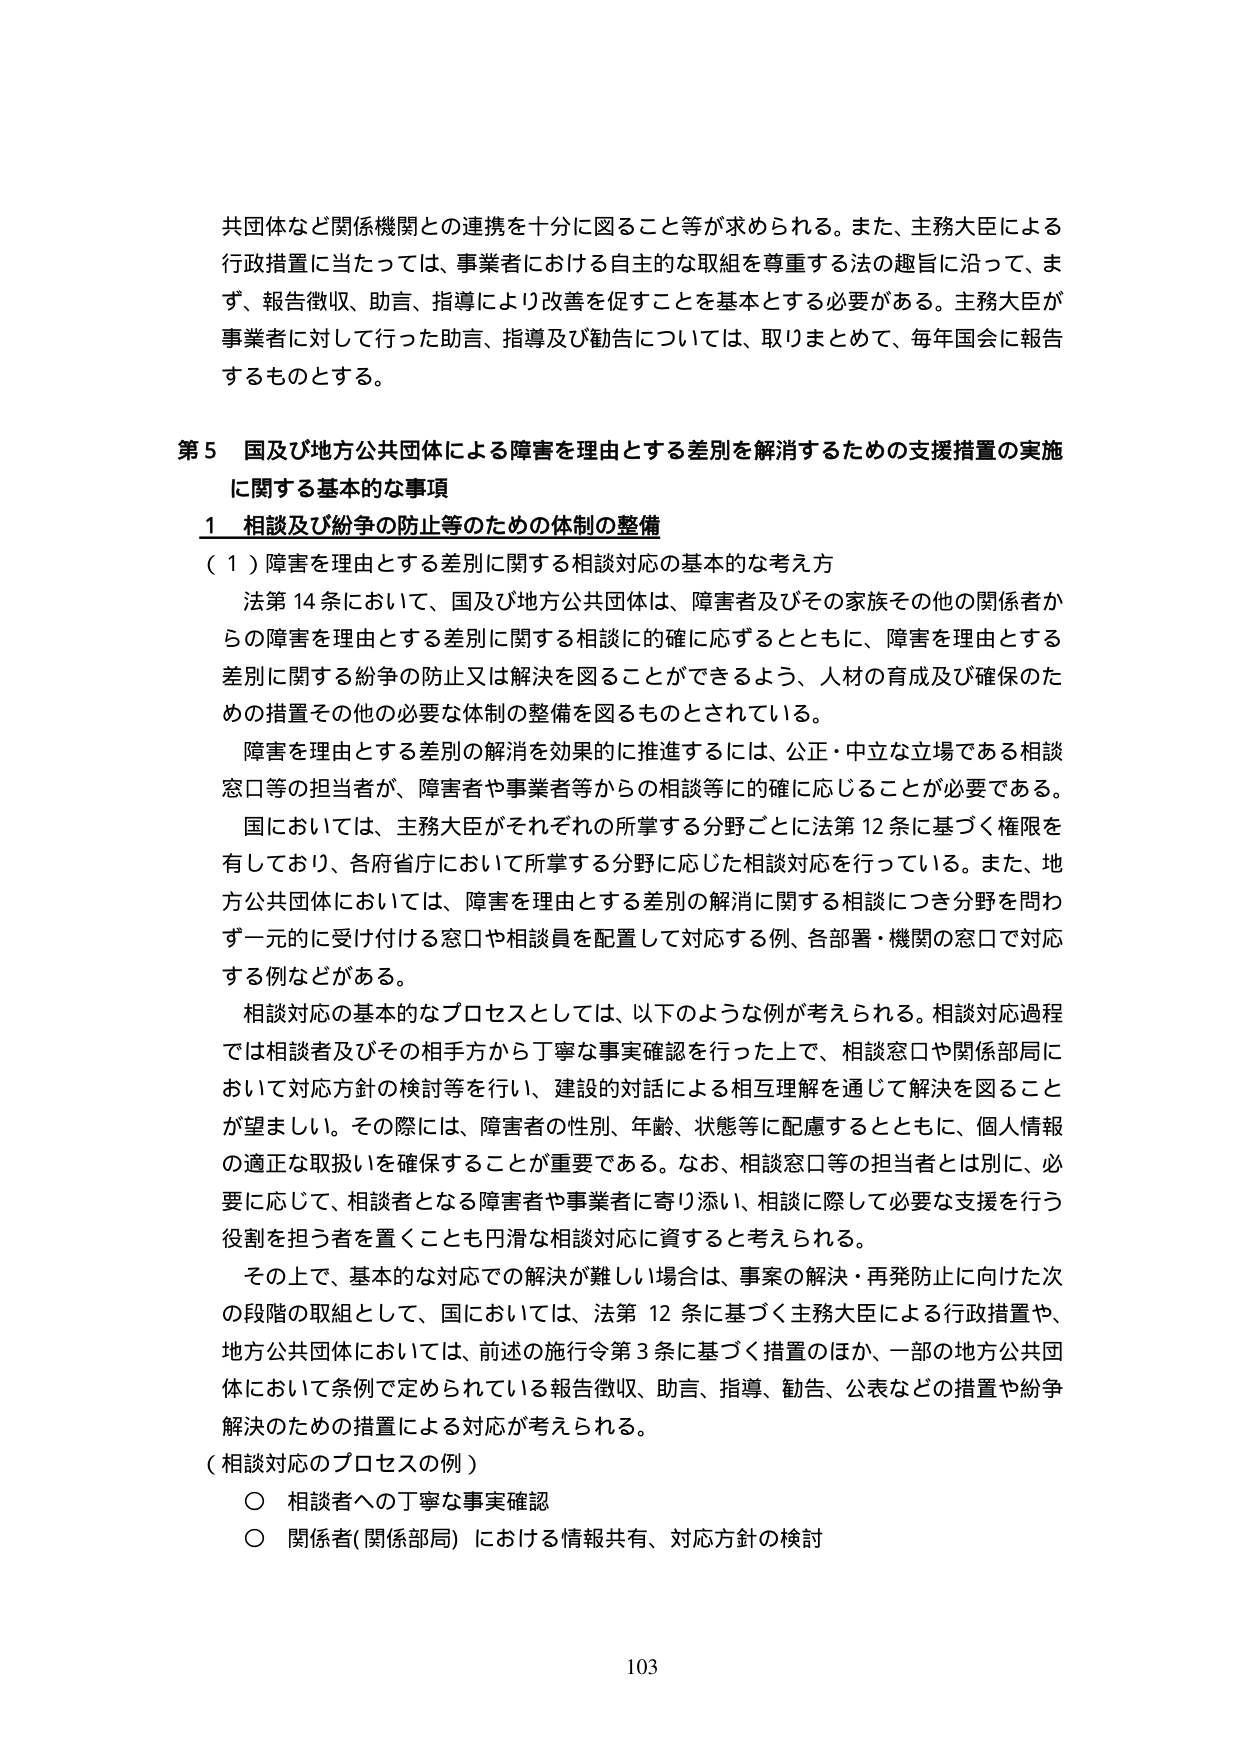
共団体など関係機関との連携を十分に図ること等が求められる。また、主務大臣による行政措置に当たっては、事業者における自主的な取組を尊重する法の趣旨に沿って、まず、報告徴収、助言、指導により改善を促すことを基本とする必要がある。主務大臣が事業者に対して行った助言、指導及び勧告については、取りまとめて、毎年国会に報告するものとする。

第５ 国及び地方公共団体による障害を理由とする差別を解消するための支援措置の実施に関する基本的な事項

１ 相談及び紛争の防止等のための体制の整備

（１）障害を理由とする差別に関する相談対応の基本的な考え方

法第14条において、国及び地方公共団体は、障害者及びその家族その他の関係者からの障害を理由とする差別に関する相談に的確に応ずるとともに、障害を理由とする差別に関する紛争の防止又は解決を図ることができるよう、人材の育成及び確保のための措置その他の必要な体制の整備を図るものとされている。

障害を理由とする差別の解消を効果的に推進するには、公正・中立な立場である相談窓口等の担当者が、障害者や事業者等からの相談等に的確に応じることが必要である。

国においては、主務大臣がそれぞれの所掌する分野ごとに法第12条に基づく権限を有しており、各府省庁において所掌する分野に応じた相談対応を行っている。また、地方公共団体においては、障害を理由とする差別の解消に関する相談につき分野を問わず一元的に受け付ける窓口や相談員を配置して対応する例、各部署・機関の窓口で対応する例などがある。

相談対応の基本的なプロセスとしては、以下のような例が考えられる。相談対応過程では相談者及びその相手方から丁寧な事実確認を行った上で、相談窓口や関係部局において対応方針の検討等を行い、建設的対話による相互理解を通じて解決を図ることが望ましい。その際には、障害者の性別、年齢、状態等に配慮するとともに、個人情報の適正な取扱いを確保することが重要である。なお、相談窓口等の担当者とは別に、必要に応じて、相談者となる障害者や事業者に寄り添い、相談に際して必要な支援を行う役割を担う者を置くことも円滑な相談対応に資すると考えられる。

その上で、基本的な対応での解決が難しい場合は、事案の解決・再発防止に向けた次の段階の取組として、国においては、法第12条に基づく主務大臣による行政措置や、地方公共団体においては、前述の施行令第3条に基づく措置のほか、一部の地方公共団体において条例で定められている報告徴収、助言、指導、勧告、公表などの措置や紛争解決のための措置による対応が考えられる。

（相談対応のプロセスの例）

○ 相談者への丁寧な事実確認

○ 関係者（関係部局）における情報共有、対応方針の検討

103